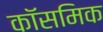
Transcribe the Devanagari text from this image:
कॉसमिक